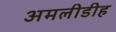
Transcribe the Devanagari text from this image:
अमलीडीह